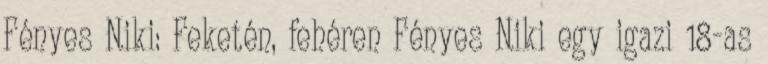
Fényes Niki: Feketén, ​fehéren Fényes Niki egy igazi 18-as